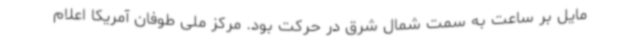
مایل بر ساعت به سمت شمال شرق در حرکت بود. مرکز ملی طوفان آمریکا اعلام